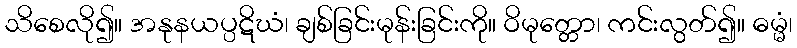
သိစေလို၍။ အနုနယပ္ပဋိဃံ၊ ချစ်ခြင်းမုန်းခြင်းကို။ ဝိမုတ္တော၊ ကင်းလွတ်၍။ ဓမ္မံ၊